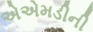
એએમડીની